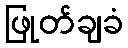
ဖြုတ်ချခံ